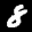
Label: 8